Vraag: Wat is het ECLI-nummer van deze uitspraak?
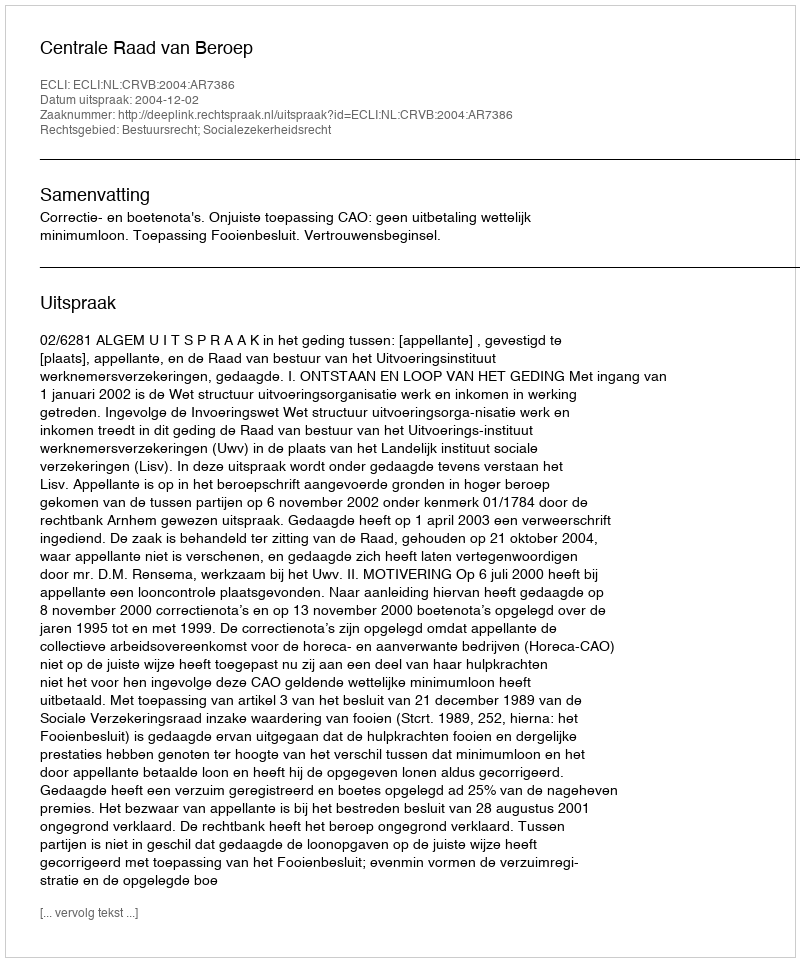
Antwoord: ECLI:NL:CRVB:2004:AR7386